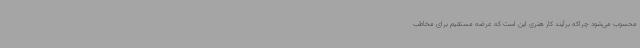
محسوب می‌شود چراکه برآیند کار هنری این است که عرضه مستقیم برای مخاطب